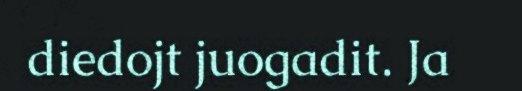
diedojt juogadit. Ja